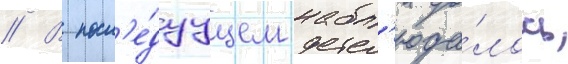
// В посл'е́дуущем набл'юда́лось